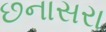
છનાસરા